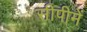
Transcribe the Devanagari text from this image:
सीपीमें